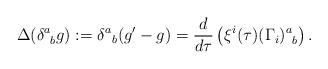
LaTeX: \begin{align*}\Delta(\delta^a_{\;\;b}g) := \delta^a{}_b(g'-g) = \frac{d}{d\tau}\left(\xi^i(\tau)(\Gamma_i)^a_{\;\;b}\right).\end{align*}